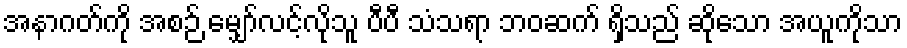
အနာဂတ်ကို အစဉ် မျှော်လင့်လိုသူ ပီပီ သံသရာ ဘဝဆက် ရှိသည် ဆိုသော အယူကိုသာ